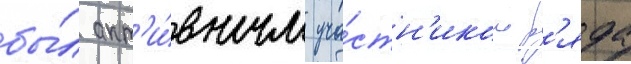
бы́л акт'и́вным уча́стн'иком р'яда